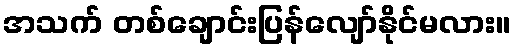
အသက် တစ်ချောင်းပြန်လျော်နိုင်မလား။